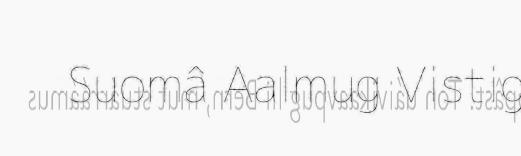
Suomâ Aalmug Vistig